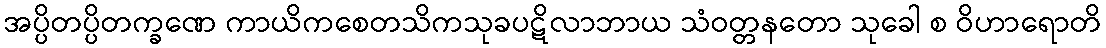
အပ္ပိတပ္ပိတက္ခဏေ ကာယိကစေတသိကသုခပဋိလာဘာယ သံဝတ္တနတော သုခေါ စ ဝိဟာရောတိ